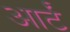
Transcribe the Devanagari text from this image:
आर्टं